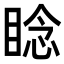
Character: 𬑛